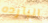
البارده